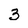
Character: 3